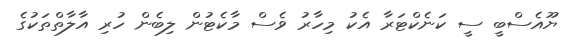
ޔޫއެސްބީ ސީ ކަނެކްޓަރާ އެކު މިހާރު ވެސް މާކެޓުން ލިބެން ހުރި އާލާތްތަކުގެ